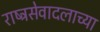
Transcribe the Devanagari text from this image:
राष्ट्रसेवादलाच्या